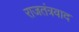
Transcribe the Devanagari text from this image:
राजतंत्रवाद